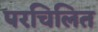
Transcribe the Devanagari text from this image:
परचिलित